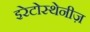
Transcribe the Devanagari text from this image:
इरेटोस्थेनीज़